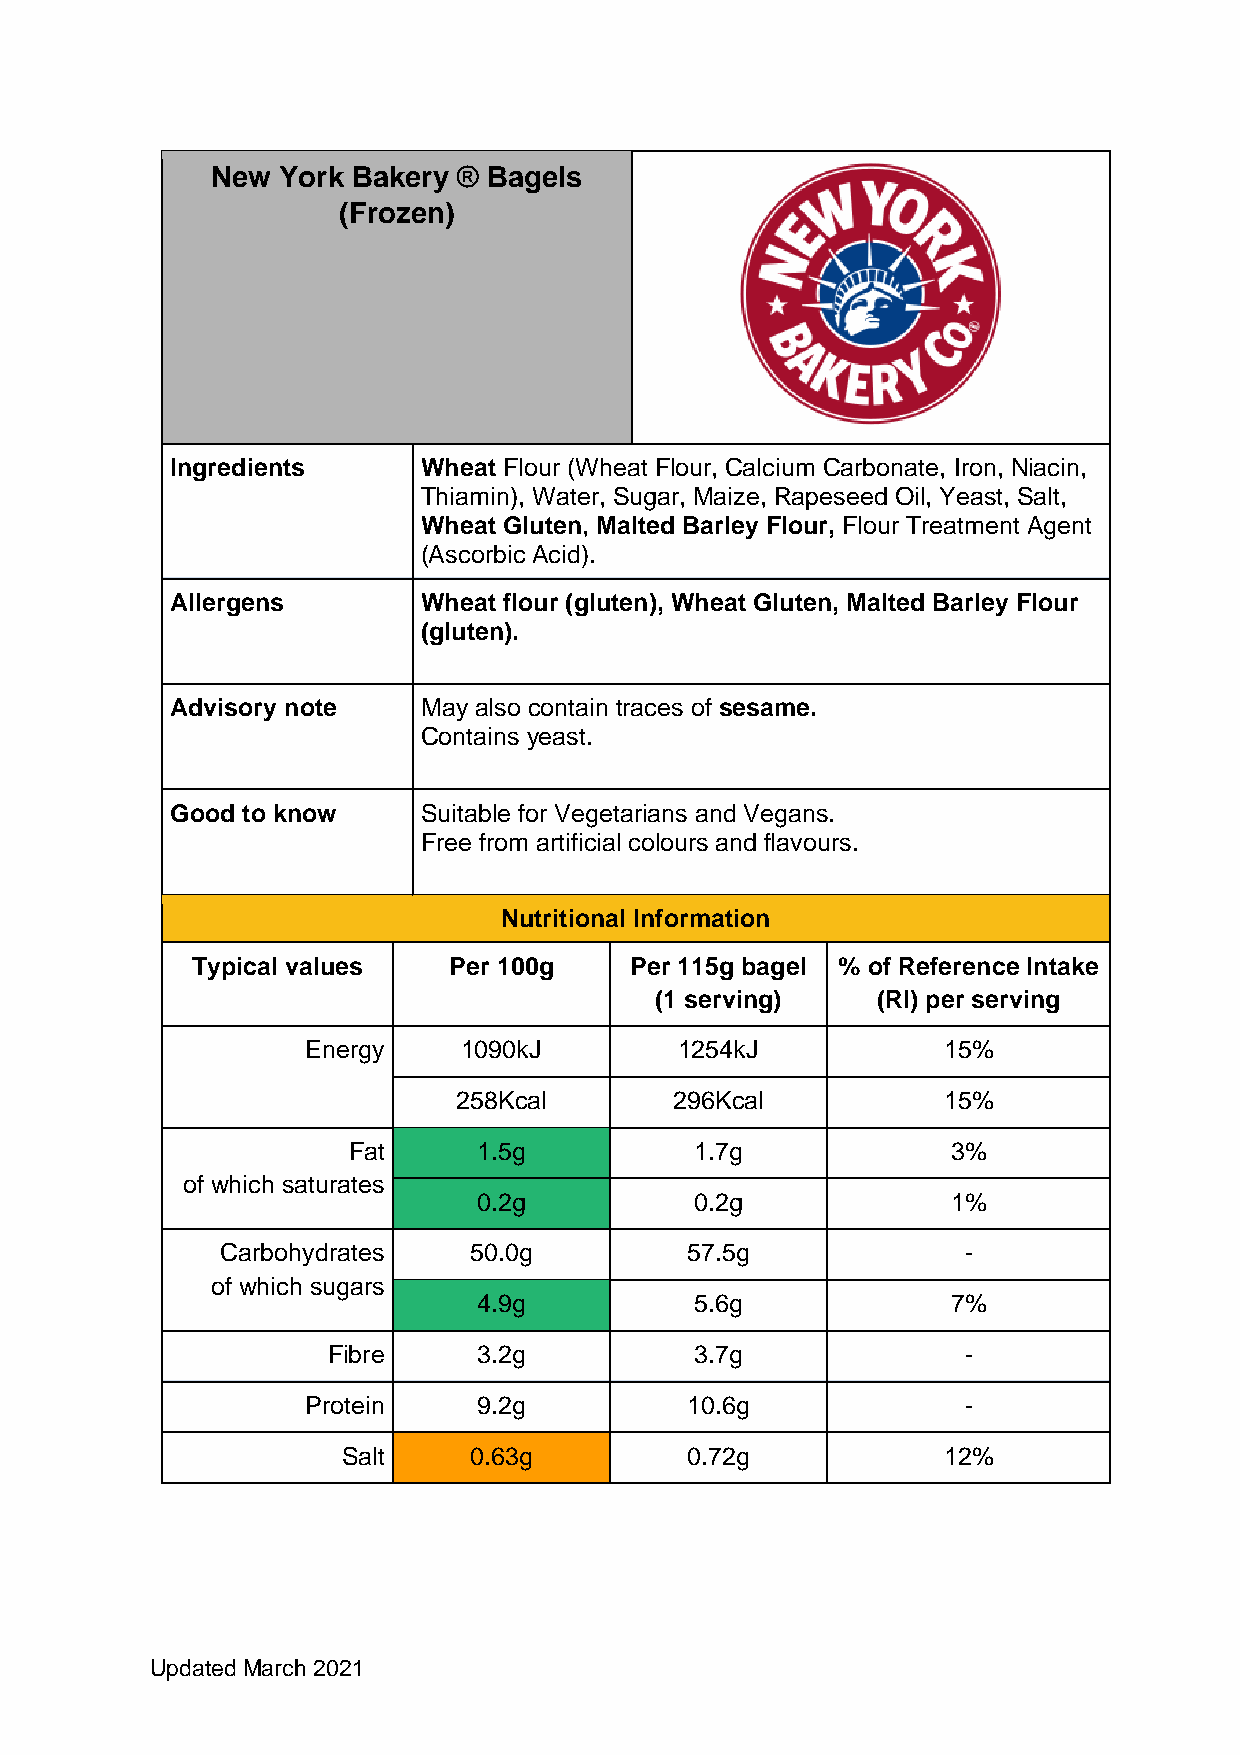
New York Bakery ® Bagels
 (Frozen)
 Ingredients      Wheat Flour (Wheat Flour, Calcium Carbonate, Iron, Niacin,
 Thiamin), Water, Sugar, Maize, Rapeseed Oil, Yeast, Salt,
 Wheat Gluten, Malted Barley Flour, Flour Treatment Agent
 (Ascorbic Acid).
 Allergens        Wheat flour (gluten), Wheat Gluten, Malted Barley Flour
 (gluten).
 Advisory note    May also contain traces of sesame.
 Contains yeast.
 Good to know     Suitable for Vegetarians and Vegans.
 Free from artificial colours and flavours.
 Nutritional Information
 Typical values   Per 100g    Per 115g bagel % of Reference Intake
 (1 serving)    (RI) per serving
 Energy     1090kJ        1254kJ           15%
 258Kcal        296Kcal          15%
 Fat      1.5g          1.7g             3%
 of which saturates
 0.2g          0.2g             1%
 Carbohydrates   50.0g         57.5g              -
 of which sugars
 4.9g          5.6g             7%
 Fibre     3.2g          3.7g              -
 Protein     9.2g         10.6g              -
 Salt    0.63g         0.72g            12%
 Updated March 2021